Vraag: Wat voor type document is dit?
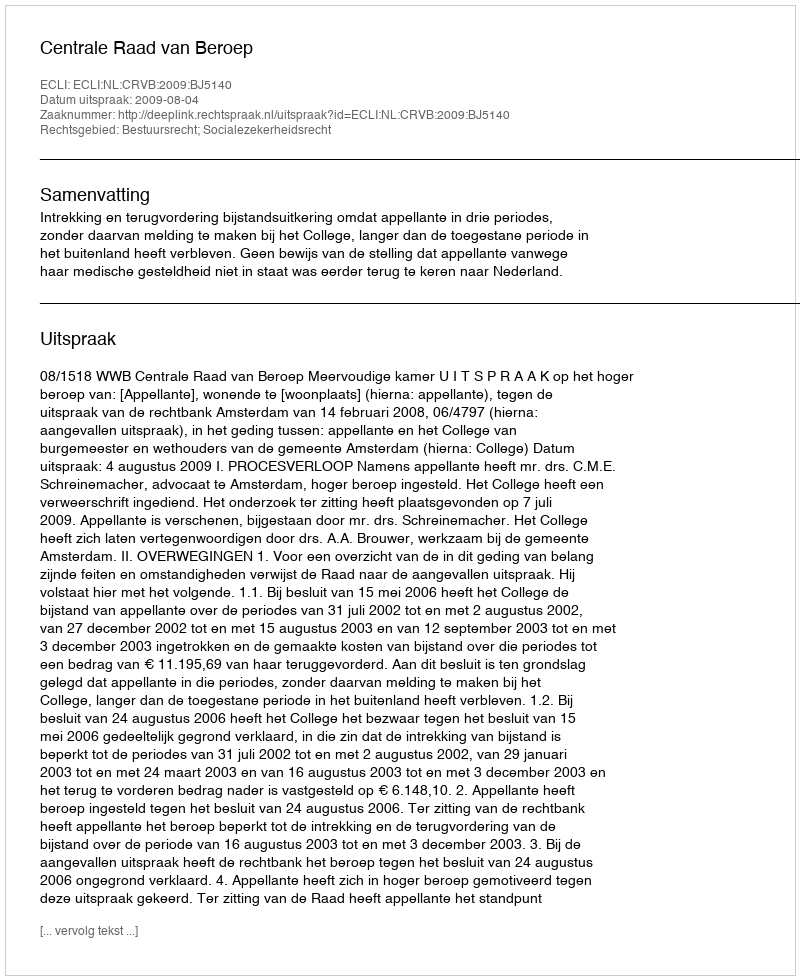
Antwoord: Uitspraak